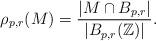
LaTeX: \begin{align*}\rho_{p,r}(M) = \frac{|M \cap B_{p,r}|}{|B_{p,r}(\mathbb{Z})|}.\end{align*}